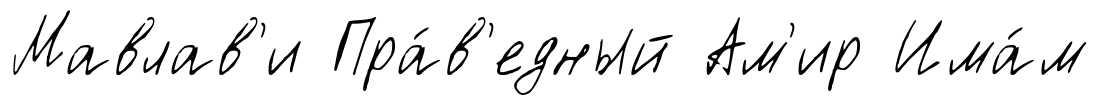
Мавлав'и Пра́в'едный Ам'ир Има́м